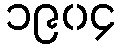
၁၉၀၄